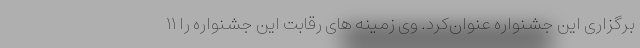
برگزاری این جشنواره عنوان‌کرد. وی زمینه های رقابت این جشنواره را ۱۱